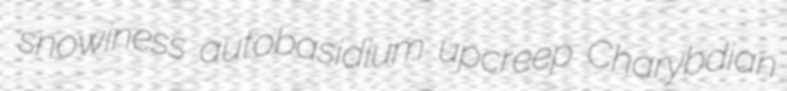
snowiness autobasidium upcreep Charybdian